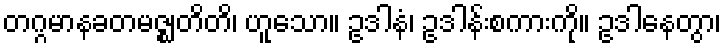
တဂ္ဂမာနခတမဇ္ဈတိတိ၊ ဟူသော။ ဥဒါနံ၊ ဥဒါန်းစကားကို။ ဥဒါနေတွာ၊